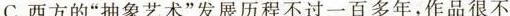
西方的“抽象艺术”发展历程不过一百多年，作品很不